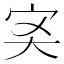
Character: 𡧑